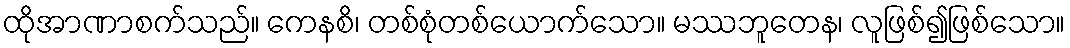
ထိုအာဏာစက်သည်။ ကေနစိ၊ တစ်စုံတစ်ယောက်သော။ မဿဘူတေန၊ လူဖြစ်၍ဖြစ်သော။